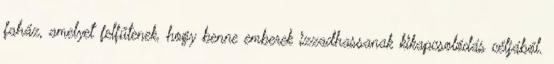
faház, amelyet felfűtenek, hogy benne emberek izzadhassanak kikapcsolódás céljából.